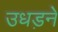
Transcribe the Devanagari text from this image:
उधड़ने